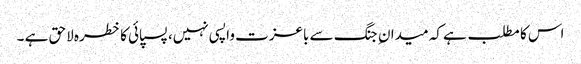
اس کا مطلب ہے کہ میدان ِ جنگ سے باعزت واپسی نہیں، پسپائی کا خطرہ لاحق ہے ۔